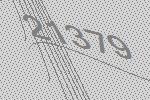
21379